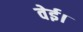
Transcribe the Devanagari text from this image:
वेई।